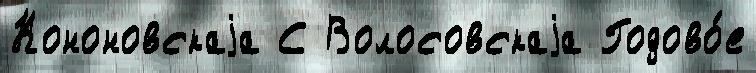
Кононовскаjа С Волосовскаjа Годово́е